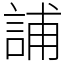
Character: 誧